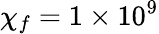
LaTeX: \chi_{f}=1\times 10^{9}